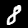
Digit: 8